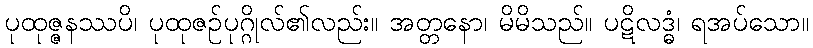
ပုထုဇ္ဇနဿပိ၊ ပုထုဇဉ်ပုဂ္ဂိုလ်၏လည်း။ အတ္တနော၊ မိမိသည်။ ပဋိလဒ္ဓံ၊ ရအပ်သော။